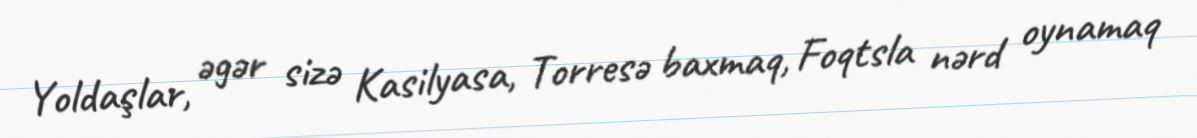
Yoldaşlar, əgər sizə Kasilyasa, Torresə baxmaq, Foqtsla nərd oynamaq